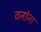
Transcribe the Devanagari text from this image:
वनांना